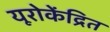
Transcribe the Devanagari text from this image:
यूरोकेंद्रित